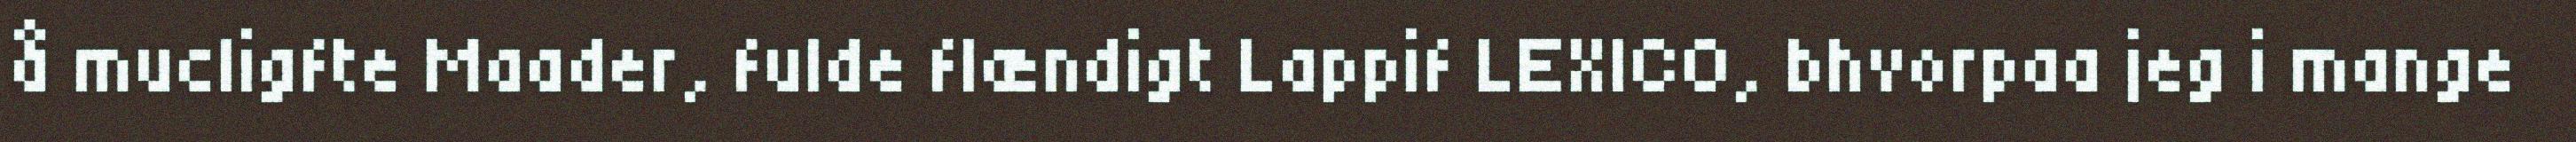
å mucligfte Maader, fulde flændigt Lappif LEXICO, bhvorpaa jeg i mange